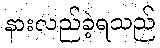
နားလည်ခဲ့ရသည်